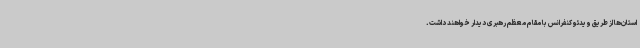
استان‌ها از طریق ویدئو کنفرانس با مقام معظم رهبری دیدار خواهند داشت.